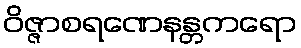
ဝိဇ္ဇာစရဏေနန္တကရော